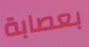
بعصابة